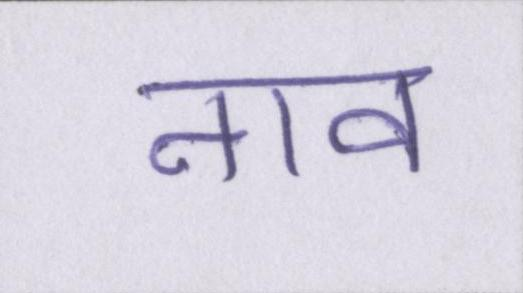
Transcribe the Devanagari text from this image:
नाव